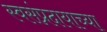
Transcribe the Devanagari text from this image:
स्वसंप्रदायाच्या